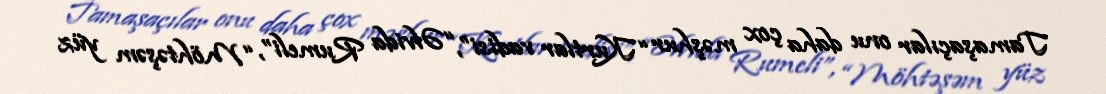
Tamaşaçılar onu daha çox məşhur “Kurtlar vadisi”, “Əlvida Rumeli”, “Möhtəşəm yüz